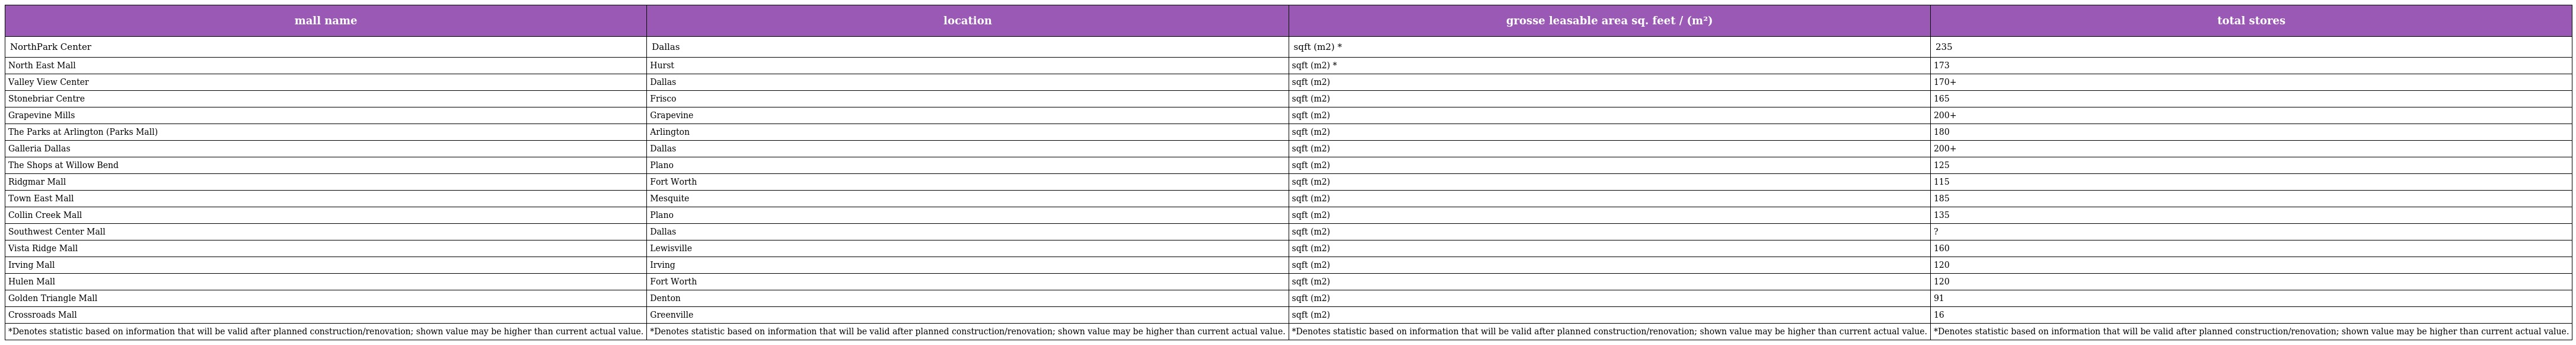
| mall name | location | grosse leasable area sq. feet / (m²) | total stores |
 | --- | --- | --- | --- |
 | NorthPark Center | Dallas | sqft (m2) * | 235 |
 | North East Mall | Hurst | sqft (m2) * | 173 |
 | Valley View Center | Dallas | sqft (m2) | 170+ |
 | Stonebriar Centre | Frisco | sqft (m2) | 165 |
 | Grapevine Mills | Grapevine | sqft (m2) | 200+ |
 | The Parks at Arlington (Parks Mall) | Arlington | sqft (m2) | 180 |
 | Galleria Dallas | Dallas | sqft (m2) | 200+ |
 | The Shops at Willow Bend | Plano | sqft (m2) | 125 |
 | Ridgmar Mall | Fort Worth | sqft (m2) | 115 |
 | Town East Mall | Mesquite | sqft (m2) | 185 |
 | Collin Creek Mall | Plano | sqft (m2) | 135 |
 | Southwest Center Mall | Dallas | sqft (m2) | ? |
 | Vista Ridge Mall | Lewisville | sqft (m2) | 160 |
 | Irving Mall | Irving | sqft (m2) | 120 |
 | Hulen Mall | Fort Worth | sqft (m2) | 120 |
 | Golden Triangle Mall | Denton | sqft (m2) | 91 |
 | Crossroads Mall | Greenville | sqft (m2) | 16 |
 | *Denotes statistic based on information that will be valid after planned construction/renovation; shown value may be higher than current actual value. | *Denotes statistic based on information that will be valid after planned construction/renovation; shown value may be higher than current actual value. | *Denotes statistic based on information that will be valid after planned construction/renovation; shown value may be higher than current actual value. | *Denotes statistic based on information that will be valid after planned construction/renovation; shown value may be higher than current actual value. |